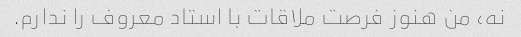
نه، من هنوز فرصت ملاقات با استاد معروف را ندارم.